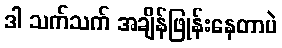
ဒါ သက်သက် အချိန်ဖြုန်းနေတာပဲ